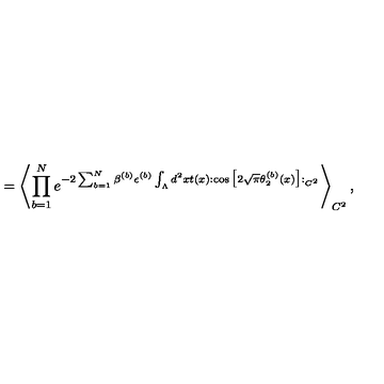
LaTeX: = \left\langle \prod _ { b = 1 } ^ { N } e ^ { - 2 \sum _ { b = 1 } ^ { N } \beta ^ { ( b ) } \epsilon ^ { ( b ) } \int _ { \Lambda } d ^ { 2 } x t ( x ) : \cos \big [ 2 \sqrt { \pi } \theta _ { 2 } ^ { ( b ) } ( x ) \big ] : _ { C ^ { 2 } } } \right\rangle _ { C ^ { 2 } } ,